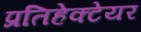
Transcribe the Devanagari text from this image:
प्रतिहेक्टेयर